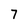
Character: 7